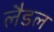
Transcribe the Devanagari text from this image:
लैडल